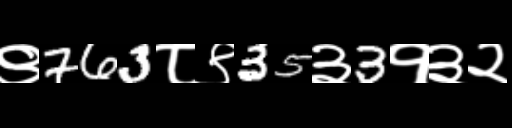
Text: ९763८९35३3१३२